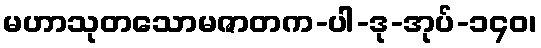
မဟာသုတသောမဇာတက-ပါ-ဒု-အုပ်-၁၄၀၊